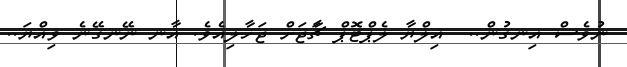
ނުވެސް އިނގުން..  އިލްޔާ ލެޕްޓޮޕް ޗާަޖަށް ޖަހާލިއެވެ. އާނ ނޭނގޭނެ ވިއްޔަ..